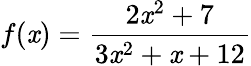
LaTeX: f(\mathit{x})={\frac{{2\mathit{x}^{2}+7}}{{3\mathit{x}^{2}+\mathit{x}+12}}}